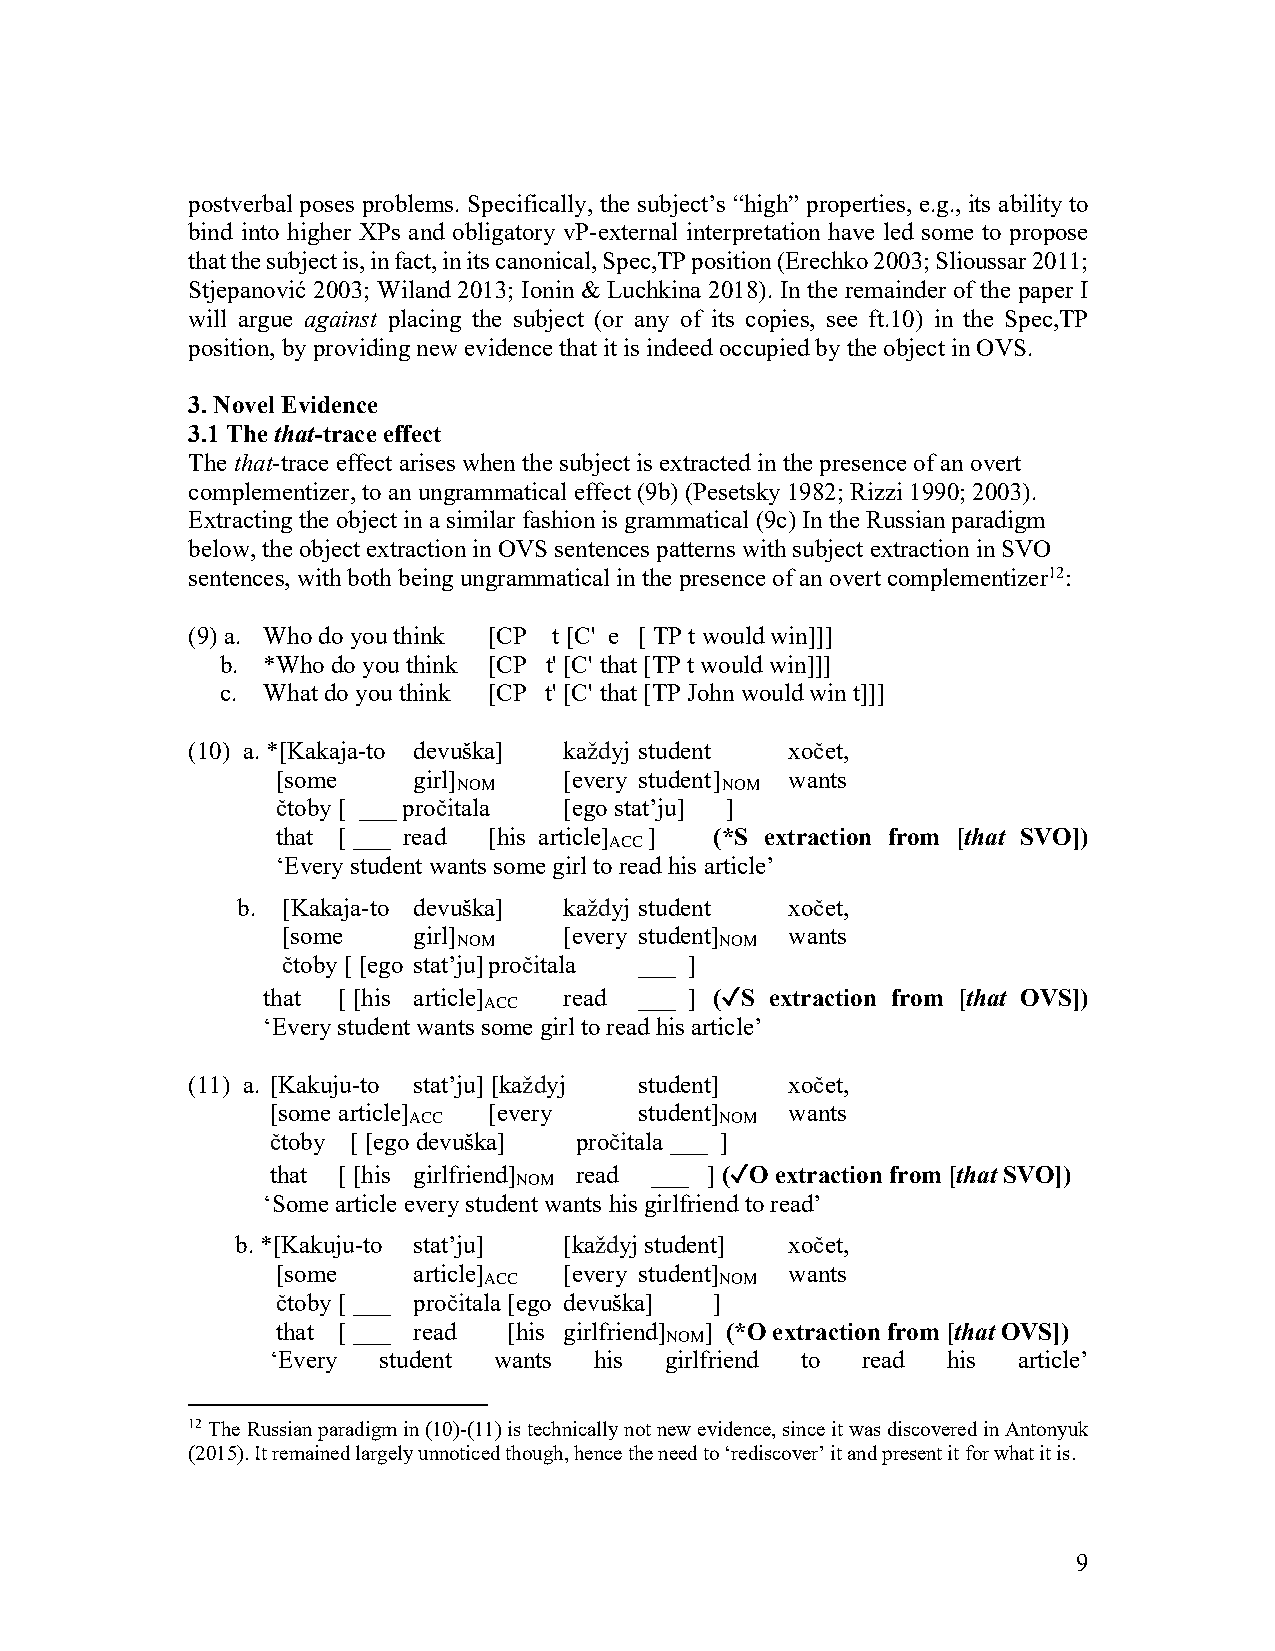
postverbal poses problems. Specifically, the subject’s “high” properties, e.g., its ability to
 bind into higher XPs and obligatory vP-external interpretation have led some to propose
 that the subject is, in fact, in its canonical, Spec,TP position (Erechko 2003; Slioussar 2011;
 Stjepanović 2003; Wiland 2013; Ionin & Luchkina 2018). In the remainder of the paper I
 will argue against placing the subject (or any of its copies, see ft.10) in the Spec,TP
 position, by providing new evidence that it is indeed occupied by the object in OVS.
 3. Novel Evidence
 3.1 The that-trace effect
 The that-trace effect arises when the subject is extracted in the presence of an overt
 complementizer, to an ungrammatical effect (9b) (Pesetsky 1982; Rizzi 1990; 2003).
 Extracting the object in a similar fashion is grammatical (9c) In the Russian paradigm
 below, the object extraction in OVS sentences patterns with subject extraction in SVO
 sentences, with both being ungrammatical in the presence of an overt complementizer12:
 (9) a. Who do you think [CP t [C' e [ TP t would win]]]
 b. *Who do you think [CP t' [C' that [TP t would win]]]
 c. What do you think [CP t' [C' that [TP John would win t]]]
 (10) a. *[Kakaja-to devuška] každyj student xočet,
 [some    girl]
 NOM
 [every student ]
 NOM
 wants
 čtoby [ ___ pročitala [ego stat’ju] ]
 that [ ___ read [his article] ] (*S extraction from [that SVO])
 ACC
 ‘Every student wants some girl to read his article’
 b. [Kakaja-to devuška] každyj student xočet,
 [some   girl]
 NOM
 [every student]
 NOM
 wants
 čtoby [ [ego stat’ju] pročitala ___ ]
 that [ [his article] read ___ ] (✓S extraction from [that OVS])
 ACC
 ‘Every student wants some girl to read his article’
 (11) a. [Kakuju-to stat’ju] [každyj student] xočet,
 [some article]
 ACC
 [every    student]
 NOM
 wants
 čtoby [ [ego devuška] pročitala ___ ]
 that [ [his girlfriend] read ___ ] (✓O extraction from [that SVO])
 NOM
 ‘Some article every student wants his girlfriend to read’
 b. *[Kakuju-to stat’ju] [každyj student] xočet,
 [some    article]
 ACC
 [every student]
 NOM
 wants
 čtoby [ ___ pročitala [ego devuška] ]
 that [ ___ read [his girlfriend] ] (*O extraction from [that OVS])
 NOM
 ‘Every student wants his  girlfriend to read his article’
 12 The Russian paradigm in (10)-(11) is technically not new evidence, since it was discovered in Antonyuk
 (2015). It remained largely unnoticed though, hence the need to ‘rediscover’ it and present it for what it is.
 9